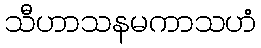
သီဟာသနမကာသဟံ